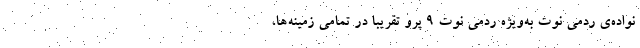
نواده‌ی ردمی نوت به‌ویژه ردمی نوت ۹ پرو تقریبا در تمامی زمینه‌ها،